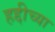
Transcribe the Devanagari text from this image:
हद्दीच्या